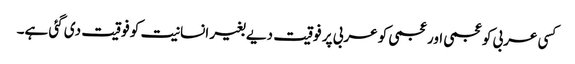
کسی عربی کو عجمی اور عجمی کو عربی پر فوقیت دیے بغیر انسانیت کو فوقیت دی گئی ہے۔